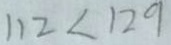
1 1 2 < 1 2 9